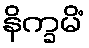
နိက္ခမိံ